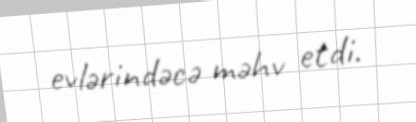
evlərindəcə məhv etdi.